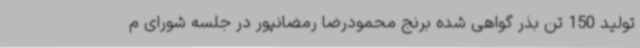
تولید 150 تن بذر گواهی شده برنج محمودرضا رمضانپور در جلسه شورای م